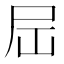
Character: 𪨉